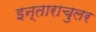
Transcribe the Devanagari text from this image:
इन्ताराचुलर